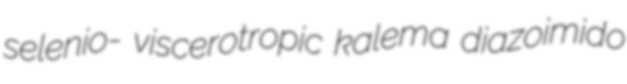
selenio- viscerotropic kalema diazoimido